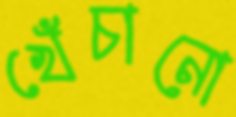
খেঁচানো